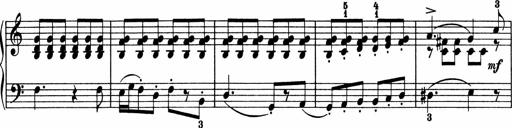
Title: 5 Sonatinen fÃ¼r die Jugend
Composer: Carl Reinecke